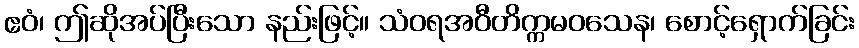
ဧဝံ၊ ဤဆိုအပ်ပြီးသော နည်းဖြင့်။ သံဝရအဝီတိက္ကမဝသေန၊ စောင့်ရှောက်ခြင်း